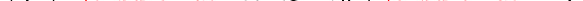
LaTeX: \smash{\gamma_{\mathscr{S}}\neq\ensuremath{{\mathrm{{\ text\mathscr{S}l{v}}}_{0}}}^{2}/\ensuremath{{D_{\mathscr{S}}}}}